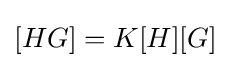
[HG]=K[H][G]